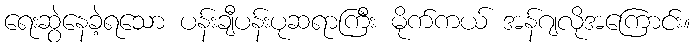
ရေးဆွဲနေခဲ့ရသော ပန်းချီပန်းပုဆရာကြီး မိုက်ကယ် အန်ဂျလိုအကြောင်း။